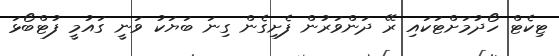
ޓިކެޓް ހޯދުމަށްޓަކައި ރޭ ދަންވަރުން ފެށިގެން ގިނަ ބަޔަކު ވަނީ ގައުމީ ފުޓްބޯޅަ